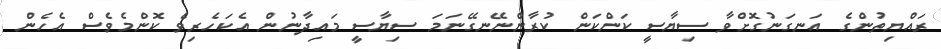
ރައްޔިތުންގެ އަނގަނުގޮށްވާ ސިޔާސީ ކަންކަން ކުރާންނޭނގޭނަމަ ސިޔާސީ މައިދާނުން އެކަހެރިވެ ކޮންމެވެސް އެހެން